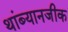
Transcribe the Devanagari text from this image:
थांब्यानजीक